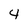
Character: 4